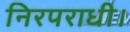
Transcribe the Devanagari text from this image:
निरपराधी।